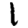
Digit: 1